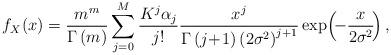
LaTeX: \begin{align*}{f_X}\!\left( x \right) = \frac{{{m^m}}}{{\Gamma \left( m \right)}}\sum\limits_{j = 0}^M {\frac{{{K^j}{\alpha _j}}}{{j!}}} \frac{{{x^j}}}{{\Gamma \left( {j \!+ \!1} \right){{\left( {2{\sigma ^2}} \right)}^{j + 1}}}}\exp\!\left(\!{ - \frac{x}{{2{\sigma ^2}}}} \!\right),\end{align*}